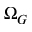
\Omega _ { G }